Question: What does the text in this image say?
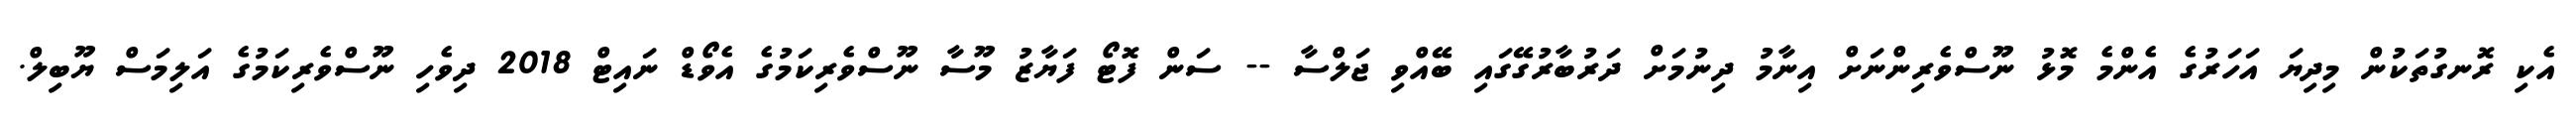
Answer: އެކި ރޮނގުތަކުން މިދިޔަ އަހަރުގެ އެންމެ މޮޅު ނޫސްވެރިންނަށް އިނާމު ދިނުމަށް ދަރުބާރުގޭގައި ބޭއްވި ޖަލްސާ -- ސަން ފޮޓޯ ފަޔާޒު މޫސާ ނޫސްވެރިކަމުގެ އެވޯޑް ނައިޓް 2018 ދިވެހި ނޫސްވެރިކަމުގެ އަލިމަސް ޔޫބިލް.